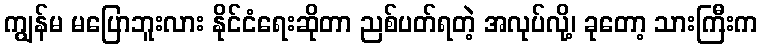
ကျွန်မ မပြောဘူးလား နိုင်ငံရေးဆိုတာ ညစ်ပတ်ရတဲ့ အလုပ်လို့၊ ခုတော့ သားကြီးက